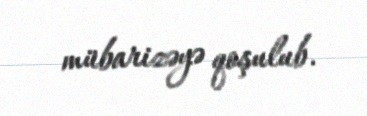
mübarizəyə qoşulub.